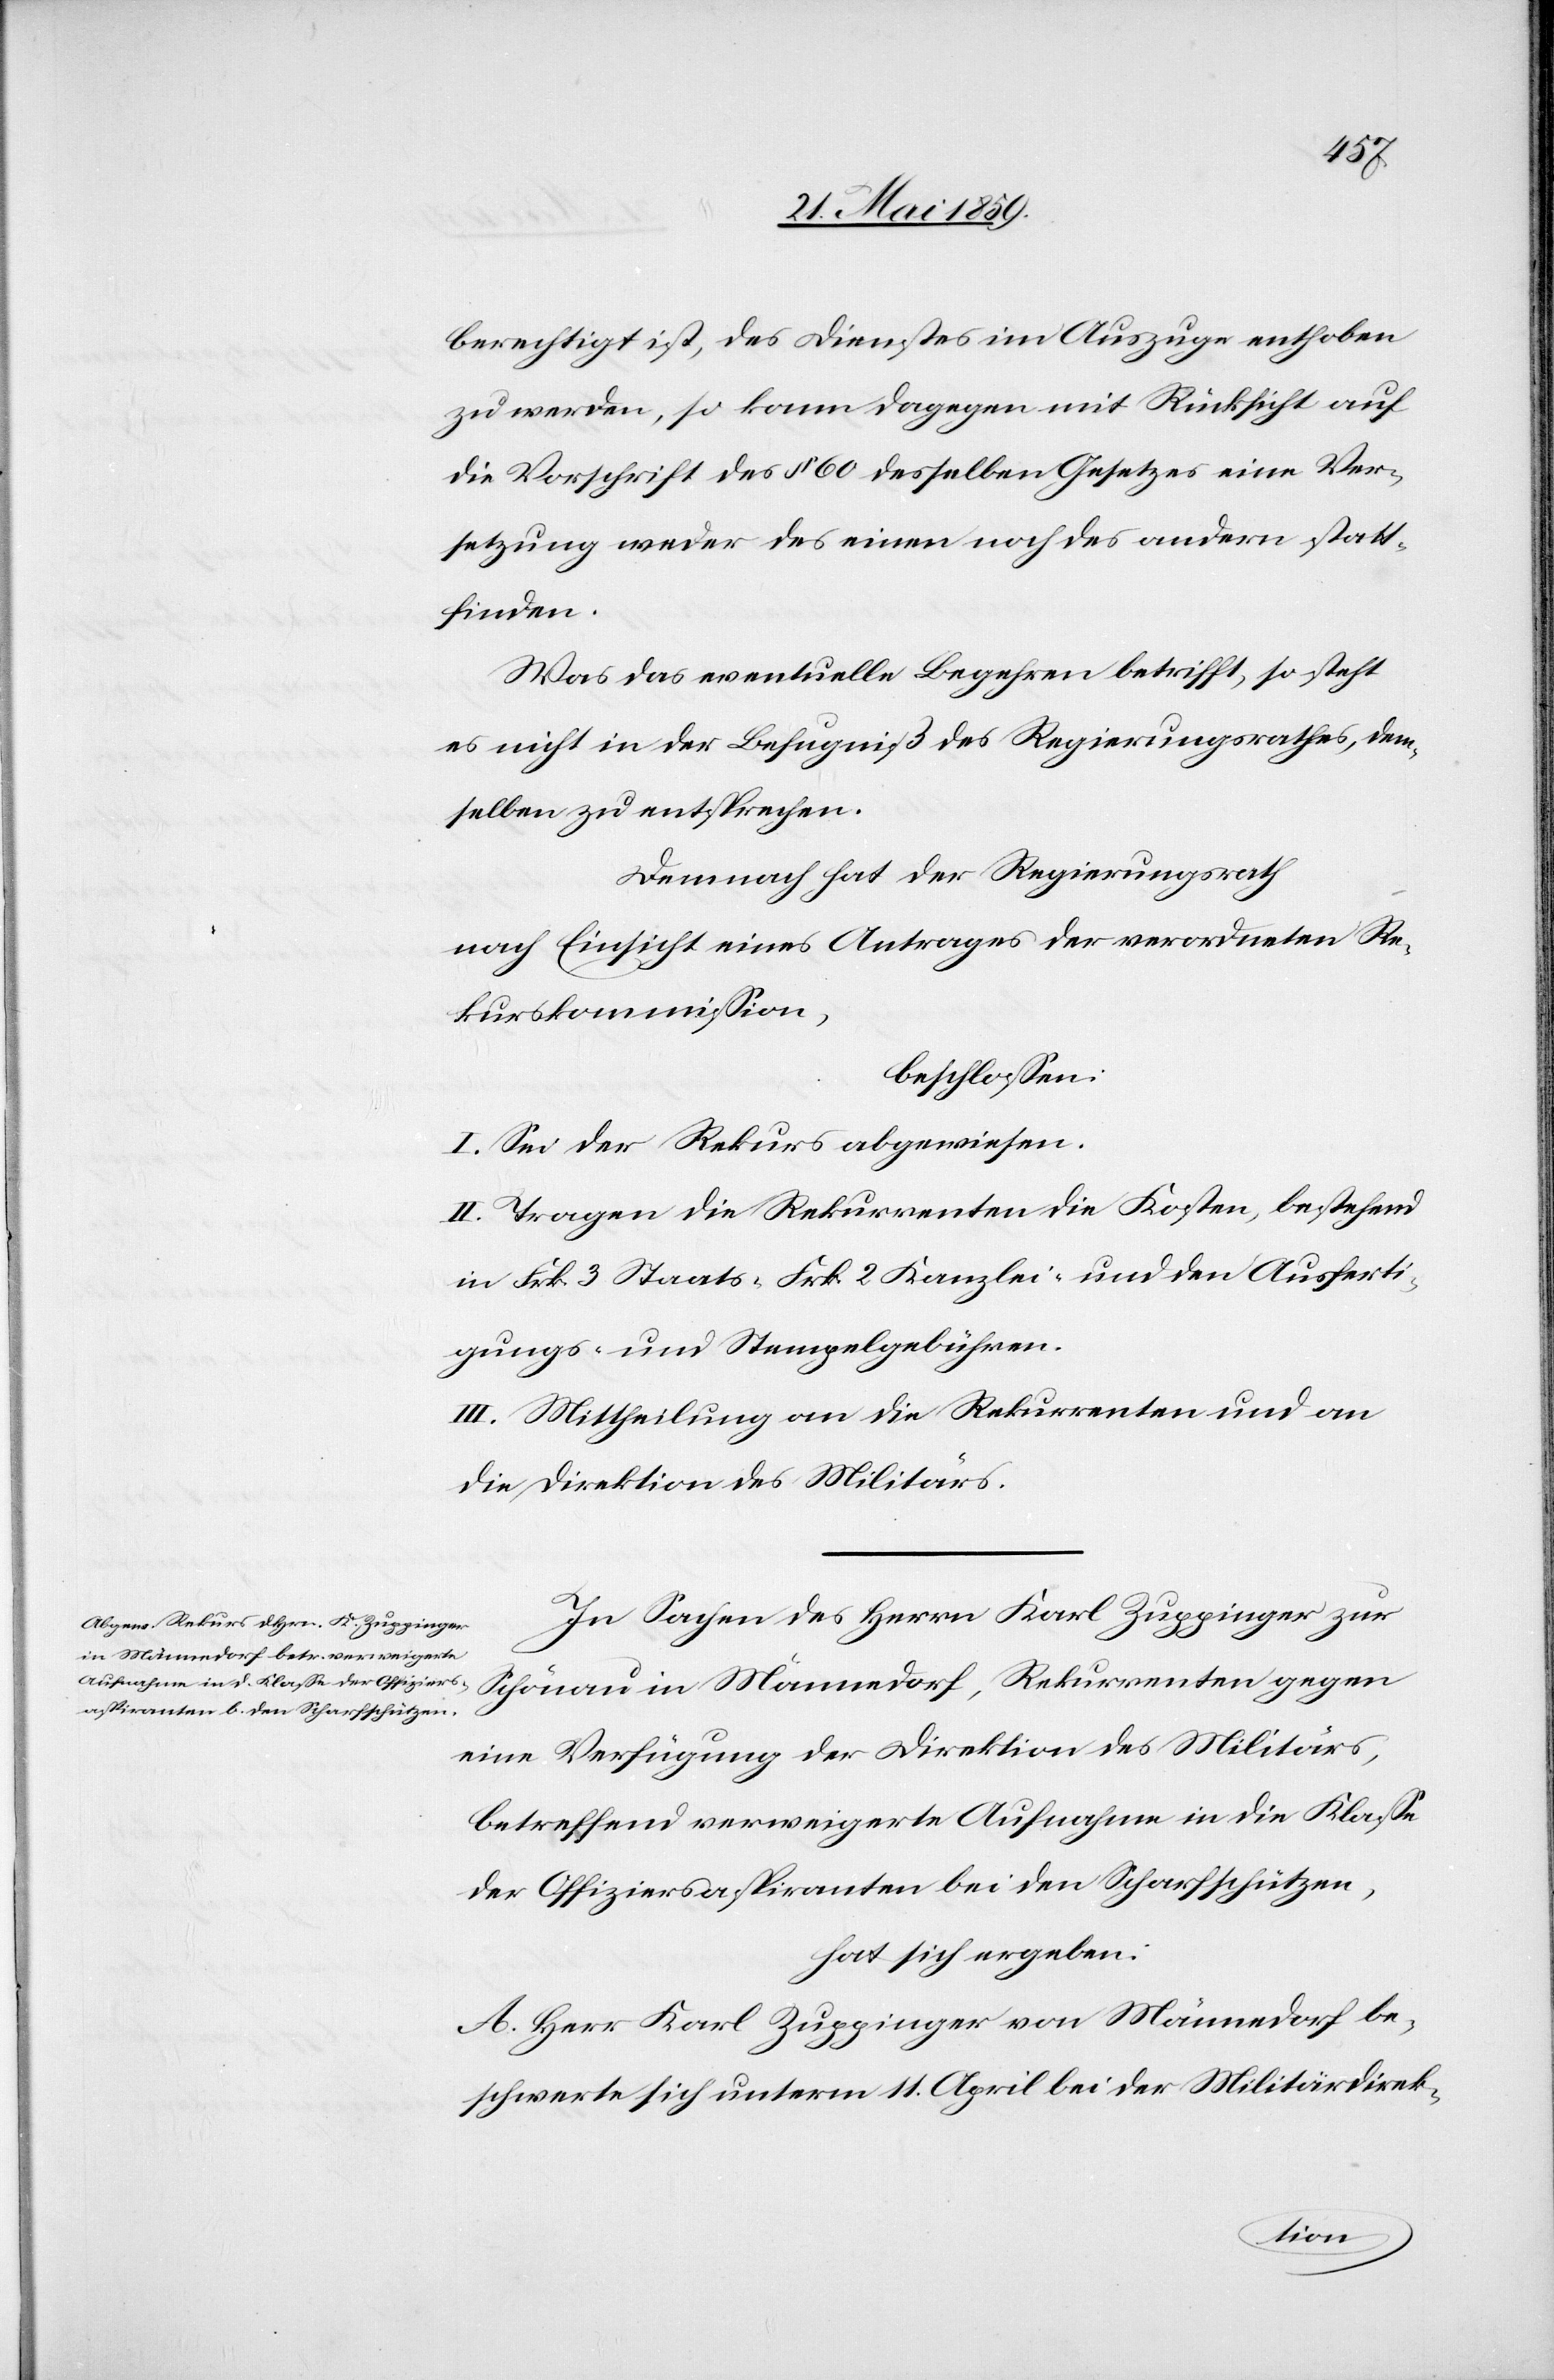
berechtigt ist, des Dienstes im Auszuge enthoben
zu werden, so kann dagegen mit Rücksicht auf
die Vorschrift des § 60 desselben Gesetzes eine Ver¬
setzung weder des einen noch des andern statt¬
finden.
Was das eventuelle Begehren betrifft, so steht
es nicht in der Befugniß des Regierungsrathes, dem¬
selben zu entsprechen.
Demnach hat der Regierungsrath
nach Einsicht eines Antrages der verordneten Re¬
kurskommission,
beschlossen:
I. Sei der Rekurs abgewiesen.
II. Tragen die Rekurrenten die Kosten, bestehend
in Frk. 3 Staats-, Frk. 2 Kanzlei-, und den Ausferti¬
gungs- und Stempelgebühren.
III: Mittheilung an die Rekurrenten und an
die Direktion des Militärs.
In Sachen des Herrn Karl Zuppinger zur
Schönau in Männedorf, Rekurrenten gegen
eine Verfügung der Direktion des Militärs,
betreffend verweigerte Aufnahme in die Klasse
der Offiziersaspiranten bei den Scharfschützen,
hat sich ergeben:
A. Herr Karl Zuppinger von Männedorf be¬
schwerte sich unterm 11. April bei der Militärdirek-